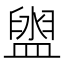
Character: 盥